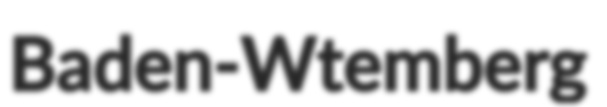
Baden-Wtemberg